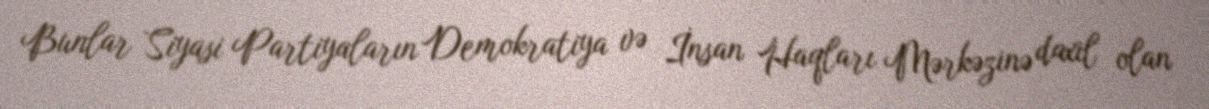
Bunlar Siyasi Partiyaların Demokratiya və İnsan Haqları Mərkəzinə daxil olan